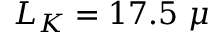
L _ { K } = 1 7 . 5 ~ \mu